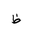
Letter: _za